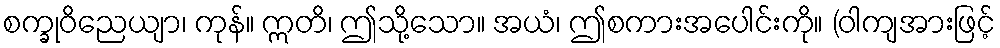
စက္ခုဝိညေယျာ၊ ကုန်။ ဣတိ၊ ဤသို့သော။ အယံ၊ ဤစကားအပေါင်းကို။ (ဝါကျအားဖြင့်